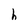
Character: h